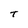
Character: T